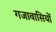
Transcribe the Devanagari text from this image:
गजावासियों